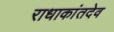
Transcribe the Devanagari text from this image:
राधाकांतदेव